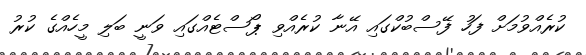
ކުރެއްވުމަށް ފަހު ފޭސްބުކްގައި އޭނާ ކުރެއްވި ޕޯސްޓެއްގައި ވަނީ ބަލި މީހެއްގެ ކުރު